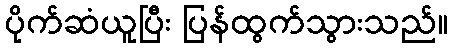
ပိုက်ဆံယူပြီး ပြန်ထွက်သွားသည်။